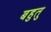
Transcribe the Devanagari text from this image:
बहुतु